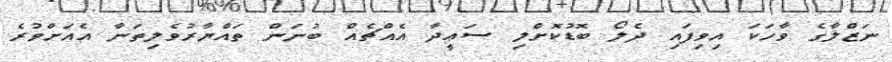
ނަޒްލާގެ ވާހަކަ އިވިފައި ދެލޯ ބޮޑުކޮށްލި ސަޢީދާ އެއްޗެއް ބުނަން ތައްޔާރުވެލިތަނާ އެއަށްވުރެ